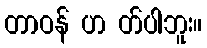
တာဝန် ဟ တ်ပါဘူး။